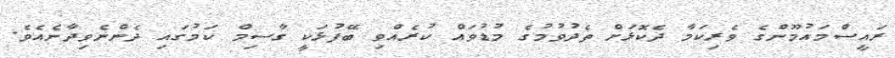
ރައީސްމައުމޫންގެ ވެރިކަމާ ދެކޮޅަށް ތެދުވުމުގެ މުޑުވައް ކުރެއްވި ބޭފުޅަކީ ގާސިމް ކަމުގައި ދެންނެވިދާނެއެވެ.